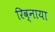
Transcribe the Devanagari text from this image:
रिव्नाया